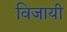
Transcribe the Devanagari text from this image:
विजायी